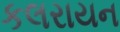
કલરાયન